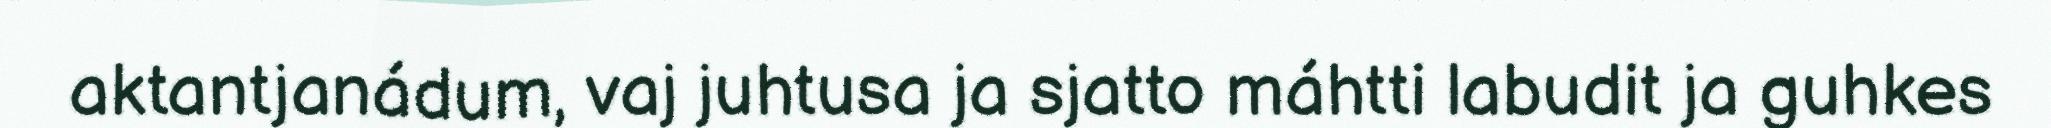
aktantjanádum, vaj juhtusa ja sjatto máhtti labudit ja guhkes